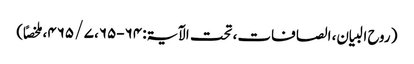
( روح البیان، الصافات، تحت الآیۃ: ۶۴-۶۵، ۷ / ۴۶۵، ملخصاً)